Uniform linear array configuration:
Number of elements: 32
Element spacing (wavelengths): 0.5
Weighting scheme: kaiser
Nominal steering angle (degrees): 60
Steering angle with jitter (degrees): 58.126
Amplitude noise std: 0.05
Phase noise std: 0.05

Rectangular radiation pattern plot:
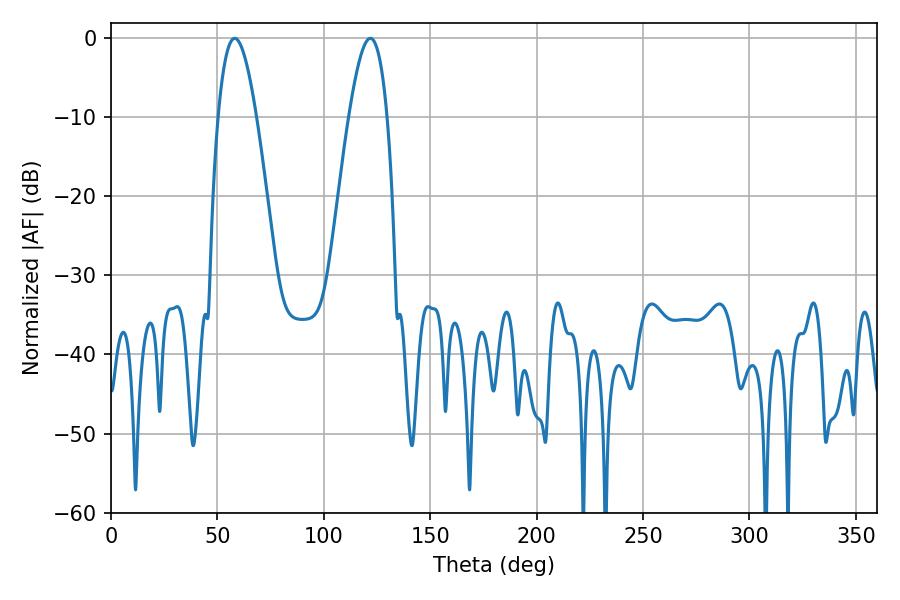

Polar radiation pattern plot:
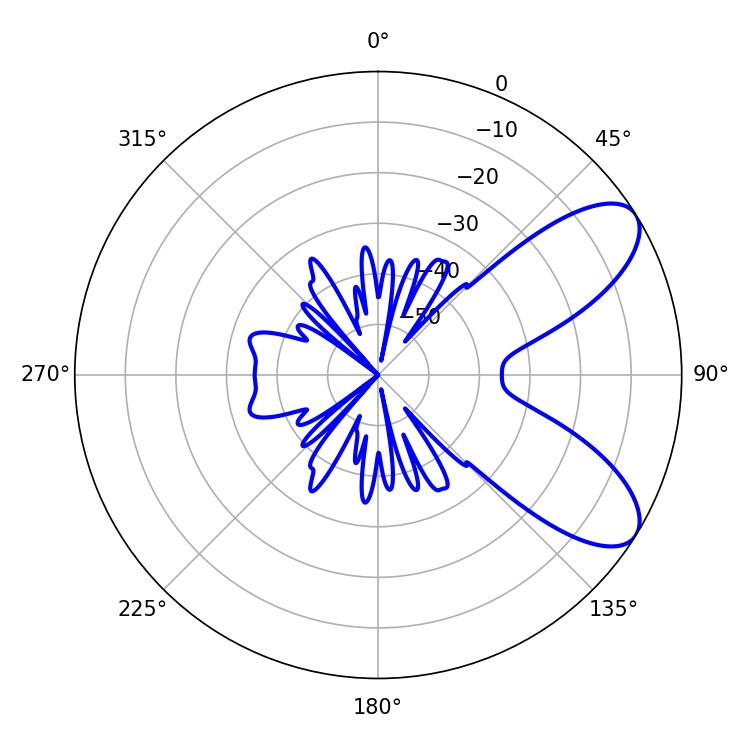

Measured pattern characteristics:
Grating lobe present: FALSE
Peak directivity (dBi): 8.012
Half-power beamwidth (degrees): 9.72
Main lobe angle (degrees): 58.14